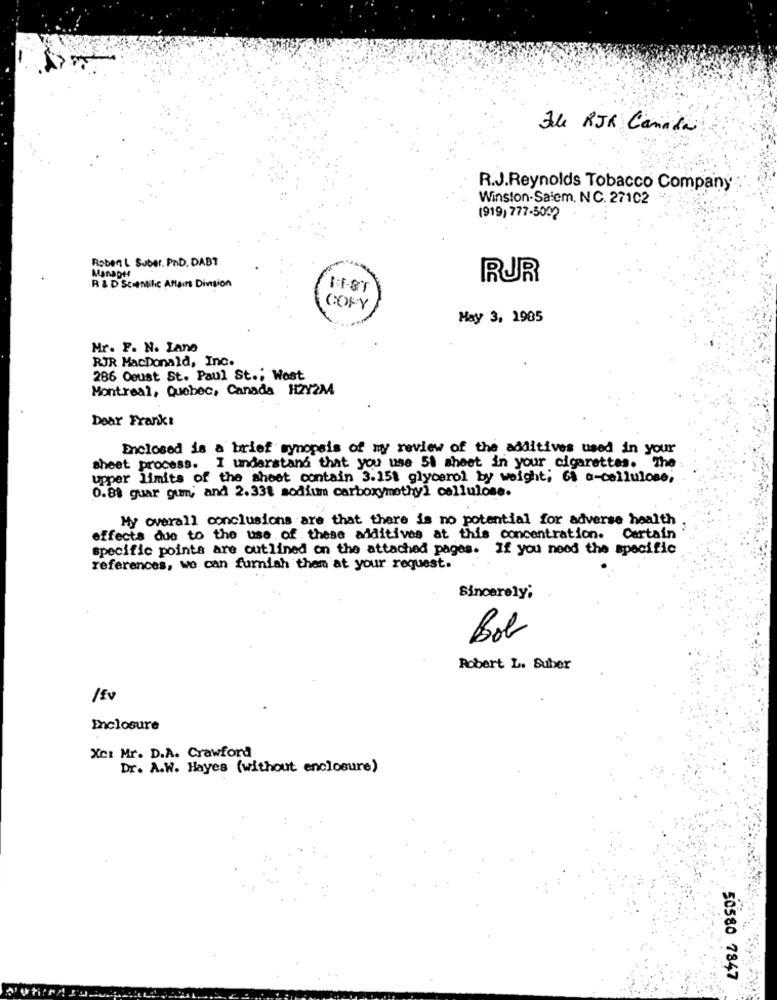
Hle RJR Canada
R.J.Reynolds Tobacco Company
Winston-Salem, NC. 271C2
(919) 777-5002
Roben L Suber. PnD. DABT
R & D Scientihc Affairs Dinsion
Manaptt
RUR
II-ST
COPY
May 3, 1985
Mr. F. N. Lano
RJR MacDonald, Inc.
286 Osust St. Paul St .; West
Montreal, Quebec, Canada H2Y2M
Dear Frank:
Enclosed is a brief synopsis of my review of the additives used in your
sheet process. I understand that you use 51 sheet in your cigarettes. The
upper limits of the sheet contain 3.15% glycerol by weight, 61 a-cellulose,
0.88 guar gum; and 2.33% sodium carboxymethyl cellulose.
My overall conclusions are that there is no potential for adverse health
effects due to the use of these additives at this concentration.
Certain
specific points are outlined on the attached pages. If you need the specific
references, we can furnish them at your request.
Sincerely;
Bob
Robert L. Buber
/Ev
Enclosure
Xc: Mr. D.A. Crawford
Dr. A.W. Hayes (without enclosure)
50580 7847